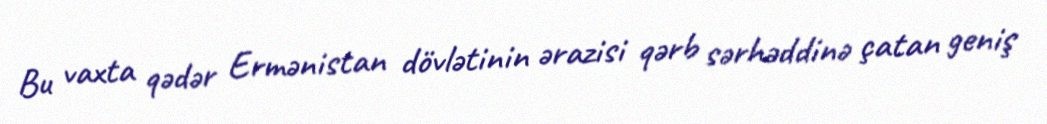
Bu vaxta qədər Ermənistan dövlətinin ərazisi qərb sərhəddinə çatan geniş